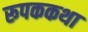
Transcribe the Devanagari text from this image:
रूपककथा